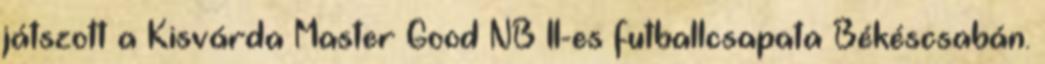
játszott a Kisvárda Master Good NB II-es futballcsapata Békéscsabán.